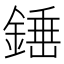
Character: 𨪸